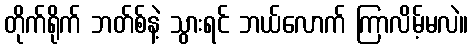
တိုက်ရိုက် ဘတ်စ်နဲ့ သွားရင် ဘယ်လောက် ကြာလိမ့်မလဲ။